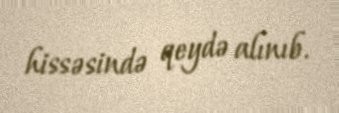
hissəsində qeydə alınıb.